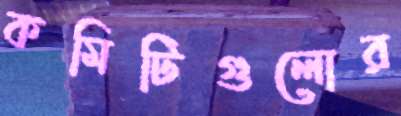
কমিটিগুলোর